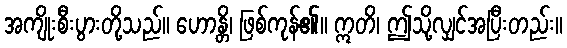
အကျိုးစီးပွားတို့သည်။ ဟောန္တိ၊ ဖြစ်ကုန်၏။ ဣတိ၊ ဤသို့လျှင်အပြီးတည်း။